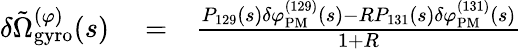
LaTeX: \begin{array}{rlr}{\delta\tilde{\Omega}_{\mathrm{gyro}}^{(\varphi)}(s)}&{{}=}&{\frac{P_{129}(s)\delta\varphi_{\mathrm{PM}}^{(129)}(s)-RP_{131}(s)\delta\varphi_{\mathrm{PM}}^{(131)}(s)}{1+R}}\end{array}